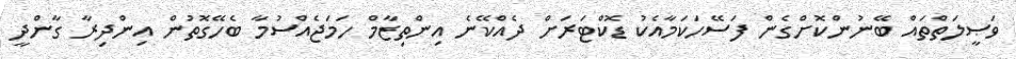
ވަޞީލަތްތައް ބޭނުންކޮށްގެން ފަސޭހަކަމާއެކު ޑޮކްޓަރަށް ދެއްކޭނެ އިންތިޒާމް ހަމަޖެއްސުމާ ބެހޭގޮތުން އިންދިރާ ގާންދީ